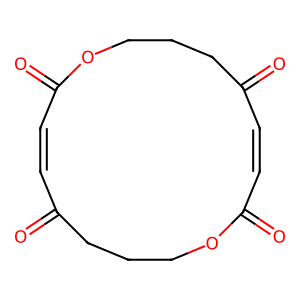
SMILES: O=C1C=CC(=O)OCCCC(=O)C=CC(=O)OCCC1
Inhibits HIV replication: No